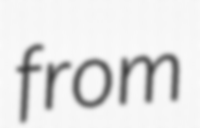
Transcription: from